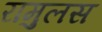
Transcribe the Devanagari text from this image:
रामुलस